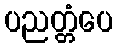
ပညတ္တံပေ